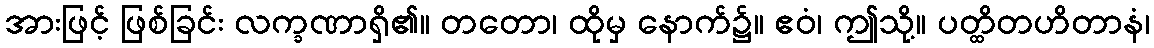
အားဖြင့် ဖြစ်ခြင်း လက္ခဏာရှိ၏။ တတော၊ ထိုမှ နောက်၌။ ဧဝံ၊ ဤသို့။ ပတ္ထိတဟိတာနံ၊